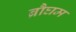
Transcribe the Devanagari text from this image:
ब्रौघम